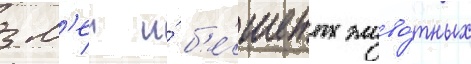
зм'еи и́ б'е́шеных живо́тных